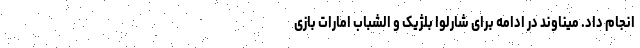
انجام داد. میناوند در ادامه برای شارلوا بلژیک و الشباب امارات بازی